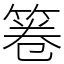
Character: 箞